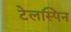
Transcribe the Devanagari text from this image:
टेलस्पिन